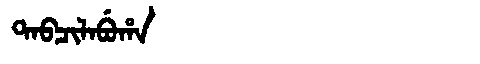
Manchu: ᡨᠠᠪᠴᡳᠯᠠᠪᡠᡥᠠ
Romanization: TABCILABUHA